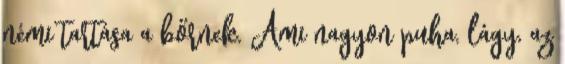
némi tartása a bőrnek. Ami nagyon puha, lágy, az